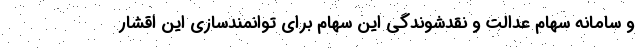
و سامانه سهام عدالت و نقدشوندگی این سهام برای توانمندسازی این اقشار